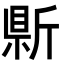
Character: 𭤣